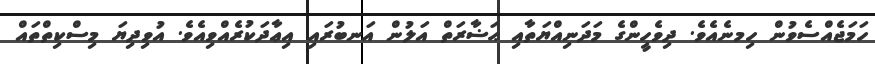
ހަމަޖެއްސެވުން ހިމނެއެވެ. ދިވެހީންގެ މަދަނިއްޔަތާއި ޙަޟާރަތް އަލުން އަނބުރައި އިޢާދަކުރެއްވިއެވެ. އުވިދިޔަ މިސްކިތްތައް